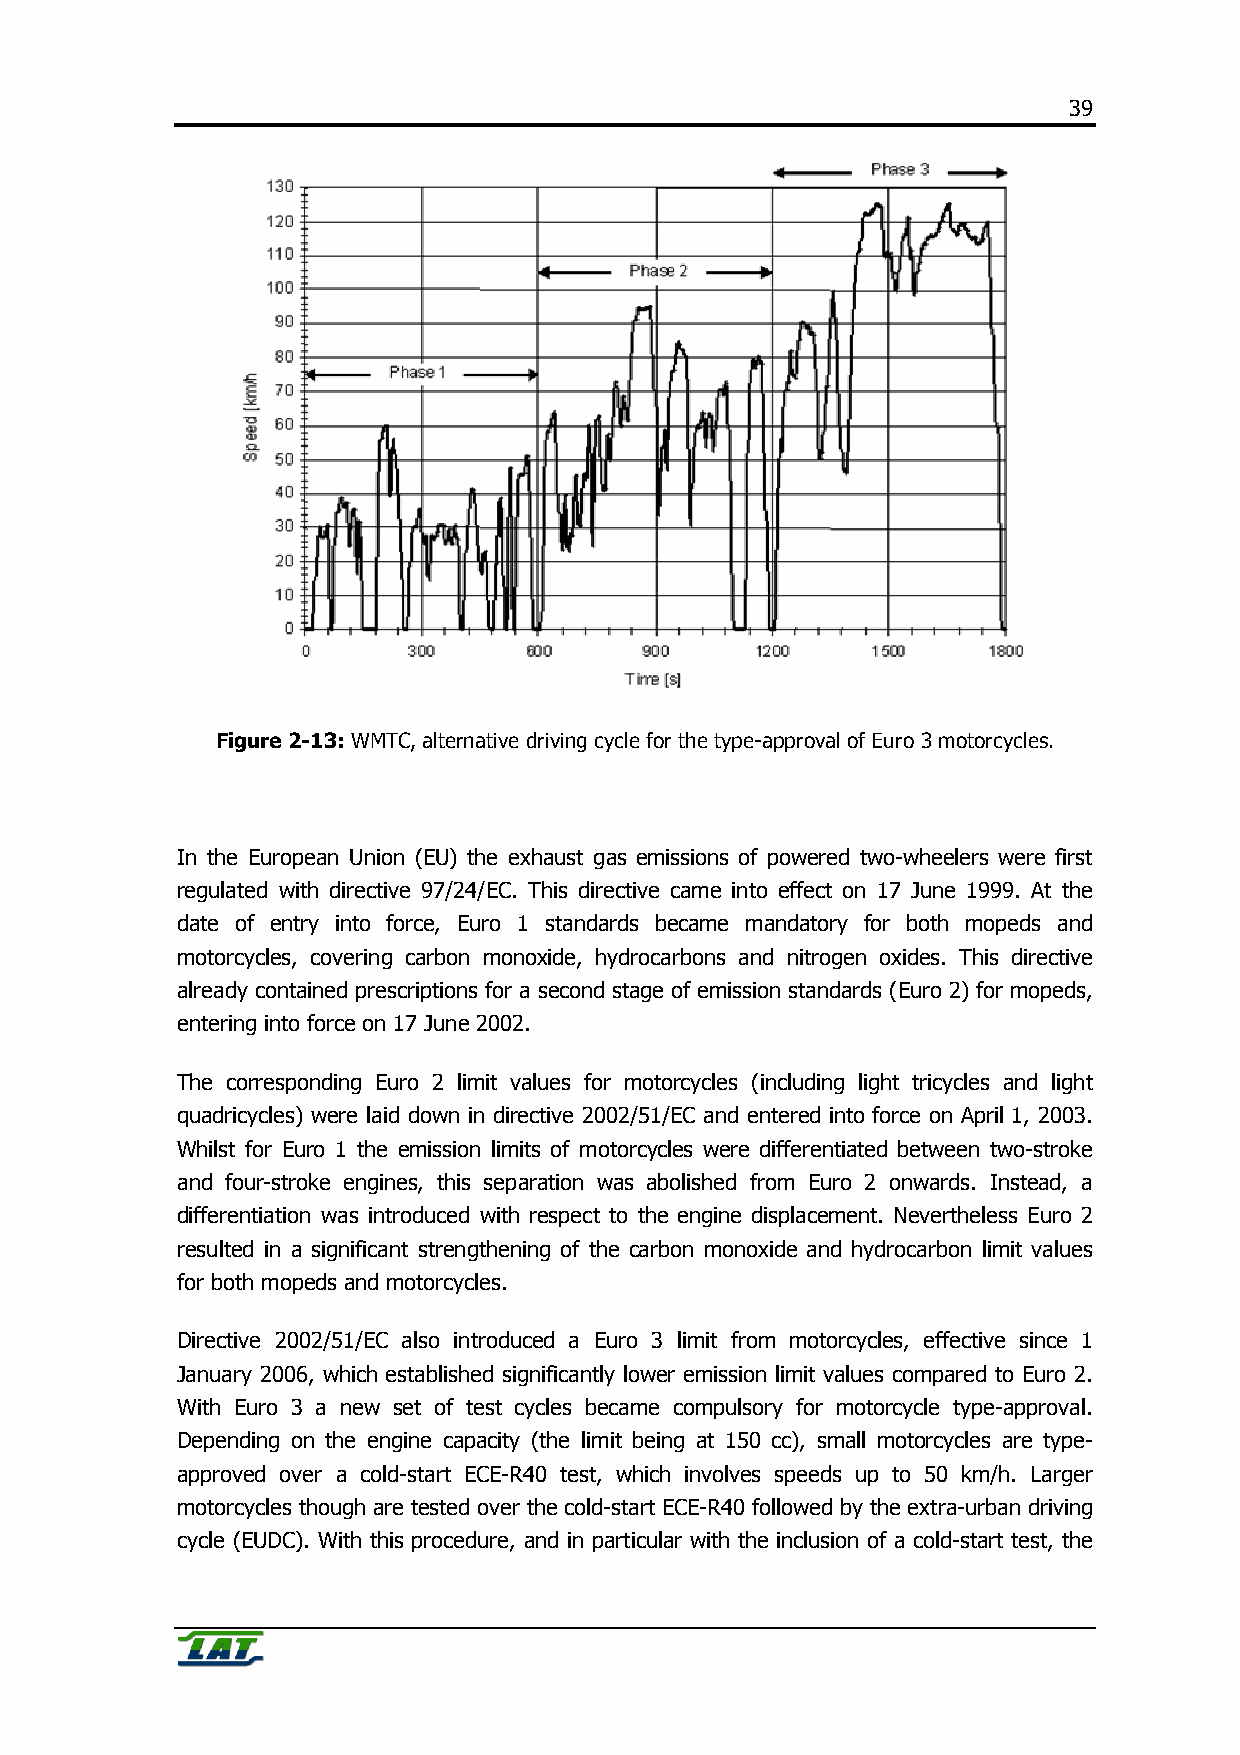
39
 Figure 2-13: WMTC, alternative driving cycle for the type-approval of Euro 3 motorcycles.
 In the European Union (EU) the exhaust gas emissions of powered two-wheelers were first
 regulated with directive 97/24/EC. This directive came into effect on 17 June 1999. At the
 date of entry into force, Euro 1 standards became mandatory for both mopeds and
 motorcycles, covering carbon monoxide, hydrocarbons and nitrogen oxides. This directive
 already contained prescriptions for a second stage of emission standards (Euro 2) for mopeds,
 entering into force on 17 June 2002.
 The corresponding Euro 2 limit values for motorcycles (including light tricycles and light
 quadricycles) were laid down in directive 2002/51/EC and entered into force on April 1, 2003.
 Whilst for Euro 1 the emission limits of motorcycles were differentiated between two-stroke
 and four-stroke engines, this separation was abolished from Euro 2 onwards. Instead, a
 differentiation was introduced with respect to the engine displacement. Nevertheless Euro 2
 resulted in a significant strengthening of the carbon monoxide and hydrocarbon limit values
 for both mopeds and motorcycles.
 Directive 2002/51/EC also introduced a Euro 3 limit from motorcycles, effective since 1
 January 2006, which established significantly lower emission limit values compared to Euro 2.
 With Euro 3 a new set of test cycles became compulsory for motorcycle type-approval.
 Depending on the engine capacity (the limit being at 150 cc), small motorcycles are type-
 approved over a cold-start ECE-R40 test, which involves speeds up to 50 km/h. Larger
 motorcycles though are tested over the cold-start ECE-R40 followed by the extra-urban driving
 cycle (EUDC). With this procedure, and in particular with the inclusion of a cold-start test, the